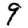
Digit: 9